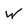
Character: W